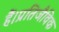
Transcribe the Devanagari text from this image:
हैं।प्रतिजैविक